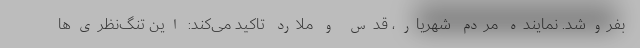
بفروشد. نماینده مردم شهریار، قدس و ملارد تاکید می‌کند: این تنگ‌نظری‌ها